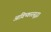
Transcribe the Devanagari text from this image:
आविष्कारसुद्धा